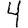
Digit: 4